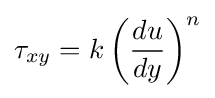
\tau _{xy}=k\left({\frac {du}{dy}}\right)^{n}